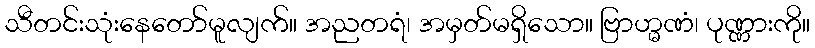
သီတင်းသုံးနေတော်မူလျက်။ အညတရံ၊ အမှတ်မရှိသော။ ဗြာဟ္မဏံ၊ ပုဏ္ဏားကို။